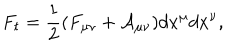
LaTeX: F _ { t } = \frac { 1 } { 2 } ( F _ { \mu \nu } + { \cal A } _ { \mu \nu } ) d x ^ { \mu } d x ^ { \nu } ,